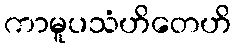
ကာမူပသံဟိတေဟိ